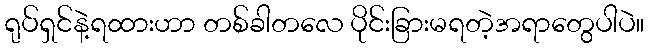
ရုပ်ရှင်နဲ့ရထားဟာ တစ်ခါတလေ ပိုင်းခြားမရတဲ့အရာတွေပါပဲ။